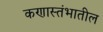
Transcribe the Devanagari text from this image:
कणास्तंभातील